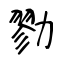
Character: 勠